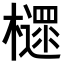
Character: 𣝋